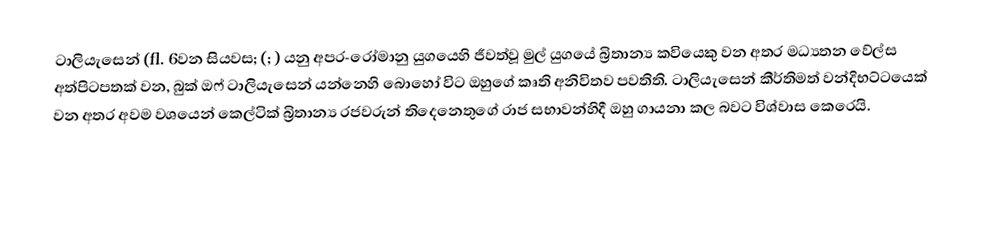
ටාලියැසෙන් (fl. 6වන සියවස; (; ) යනු  අපර-රෝමානු යුගයෙහි ජීවත්වූ මුල් යුගයේ බ්‍රිතාන්‍ය කවියෙකු වන අතර මධ්‍යතන වේල්ස අත්පිටපතක් වන, බුක් ඔෆ් ටාලියැසෙන් යන්නෙහි බොහෝ විට ඔහුගේ කෘති අනිවිතව පවතිති. ටාලියැසෙන් කීර්තිමත් වන්දිභට්ටයෙක් වන අතර අවම වශයෙන් කෙල්ටික් බ්‍රිතාන්‍ය රජවරුන් තිදෙනෙතුගේ රාජ සභාවන්හිදී ඔහු ගායනා කල බවට විශ්වාස කෙරෙයි.